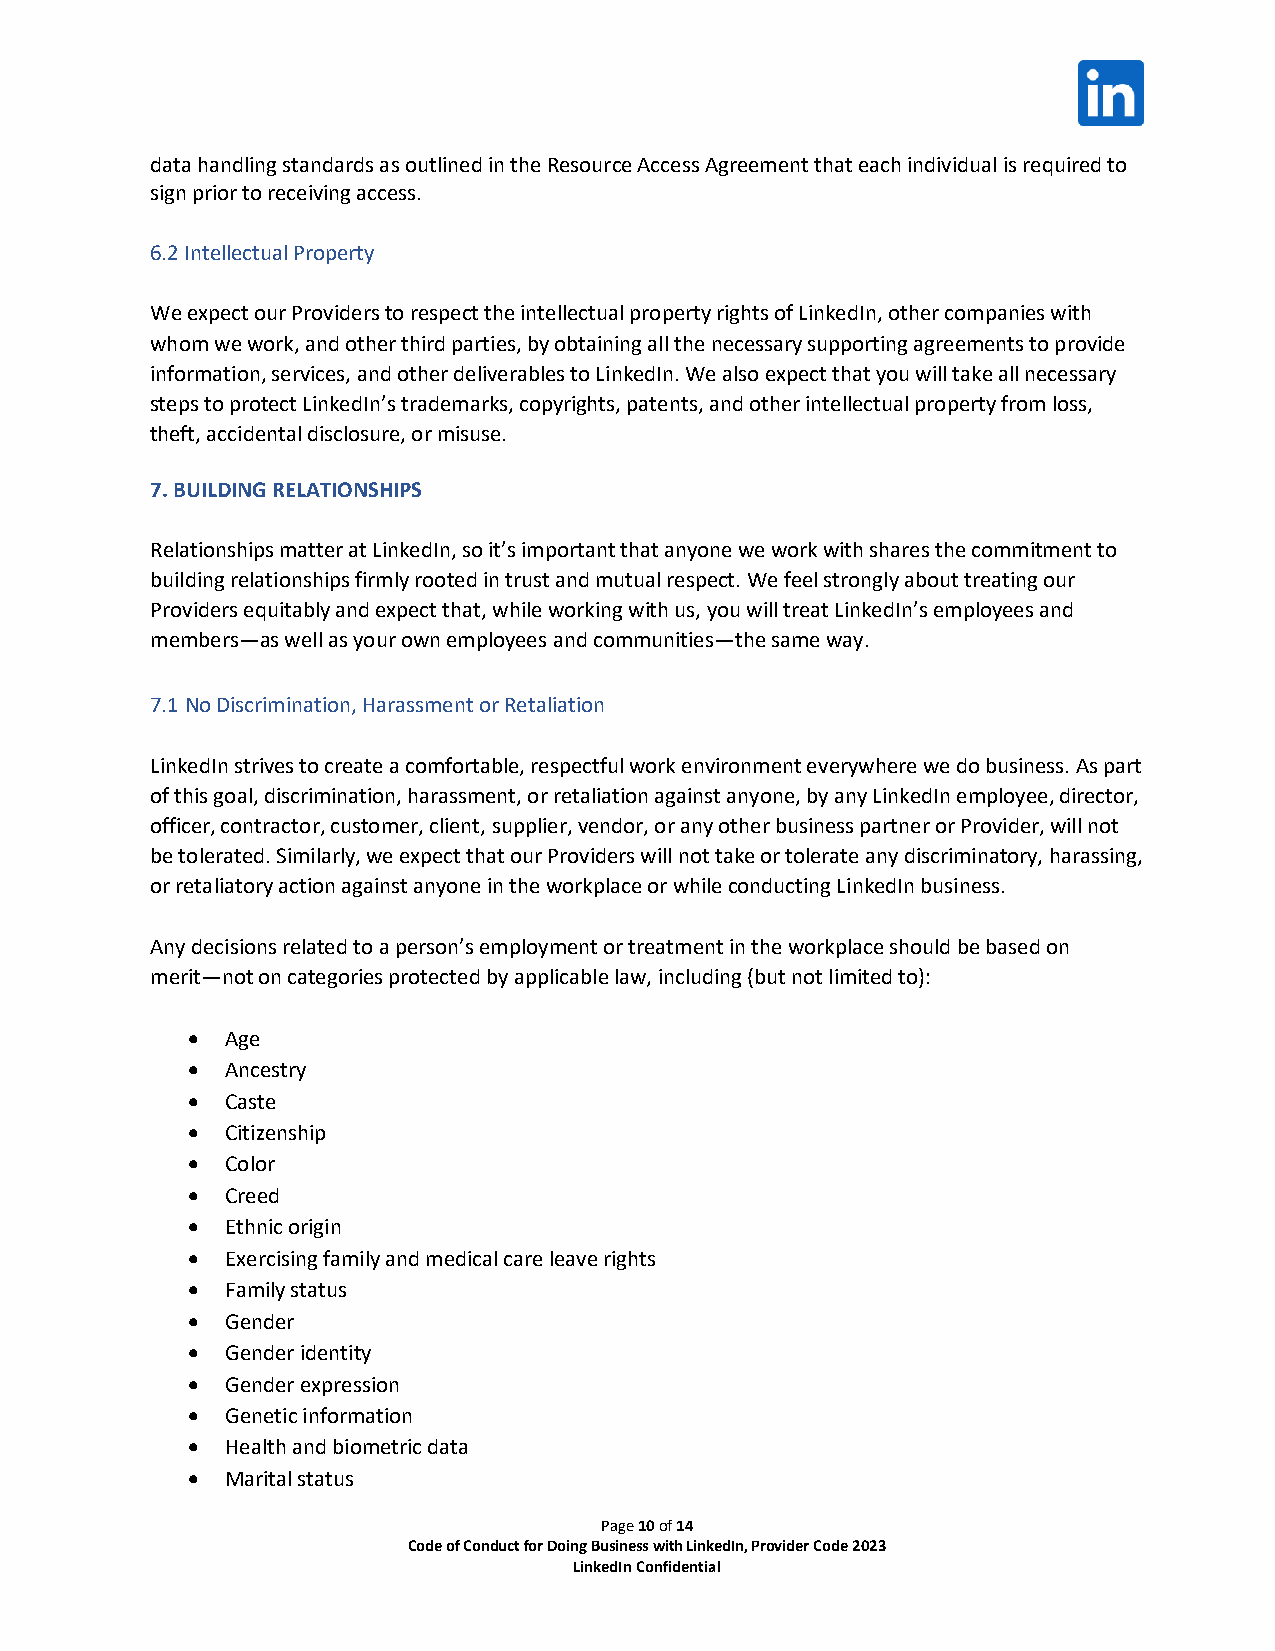
data handling standards as outlined in the Resource Access Agreement that each individual is required to
 sign prior to receiving access.
 6.2 Intellectual Property
 We expect our Providers to respect the intellectual property rights of LinkedIn, other companies with
 whom we work, and other third parties, by obtaining all the necessary supporting agreements to provide
 information, services, and other deliverables to LinkedIn. We also expect that you will take all necessary
 steps to protect LinkedIn’s trademarks, copyrights, patents, and other intellectual property from loss,
 theft, accidental disclosure, or misuse.
 7. BUILDING RELATIONSHIPS
 Relationships matter at LinkedIn, so it’s important that anyone we work with shares the commitment to
 building relationships firmly rooted in trust and mutual respect. We feel strongly about treating our
 Providers equitably and expect that, while working with us, you will treat LinkedIn’s employees and
 members—as well as your own employees and communities—the same way.
 7.1 No Discrimination, Harassment or Retaliation
 LinkedIn strives to create a comfortable, respectful work environment everywhere we do business. As part
 of this goal, discrimination, harassment, or retaliation against anyone, by any LinkedIn employee, director,
 officer, contractor, customer, client, supplier, vendor, or any other business partner or Provider, will not
 be tolerated. Similarly, we expect that our Providers will not take or tolerate any discriminatory, harassing,
 or retaliatory action against anyone in the workplace or while conducting LinkedIn business.
 Any decisions related to a person’s employment or treatment in the workplace should be based on
 merit—not on categories protected by applicable law, including (but not limited to):
 •  Age
 •  Ancestry
 •  Caste
 •  Citizenship
 •  Color
 •  Creed
 •  Ethnic origin
 •  Exercising family and medical care leave rights
 •  Family status
 •  Gender
 •  Gender identity
 •  Gender expression
 •  Genetic information
 •  Health and biometric data
 •  Marital status
 Page 10 of 14
 Code of Conduct for Doing Business with LinkedIn, Provider Code 2023
 LinkedIn Confidential